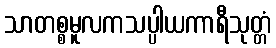
သာတစ္စမူလကသပ္ပါယကာရီသုတ္တံ